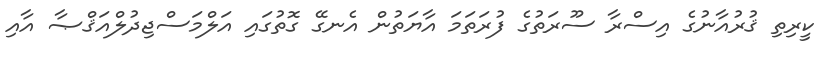
ކީރިތި ޤުރުއާނުގެ އިސްރާ ސޫރަތުގެ ފުރަތަމަ އާޔަތުން އެނގޭ ގޮތުގައި އަލްމަސްޖިދުލްއަޤްޞާ އާއި